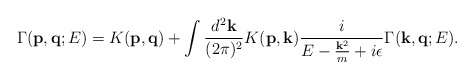
\begin{align*}\Gamma({\bf p},{\bf q};E)=K({\bf p},{\bf q})+\int\frac{d^2 {\bf k}}{(2\pi)^2}K({\bf p},{\bf k})\frac{i}{E-\frac{{\bf k}^2}{m}+i\epsilon}\Gamma({\bf k},{\bf q};E). \end{align*}